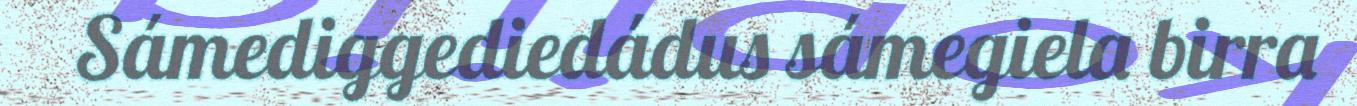
Sámediggediedádus sámegiela birra